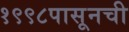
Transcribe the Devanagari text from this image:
१९९८पासूनची